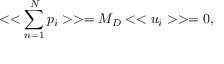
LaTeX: < < \sum _ { n = 1 } ^ { N } p _ { i } > > = M _ { D } < < u _ { i } > > = 0 ,